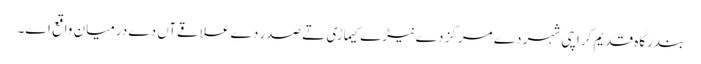
بندرگاہ قدیم کراچی شہر دے مرکز دے نیڑے کیماڑی تے صدر دے علاقےآں دے درمیان واقع ا‏‏ے۔